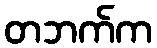
တဘက်က